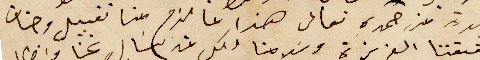
جيدة من حمده تعالى هذا ما لزم منا تقبيل وجنات